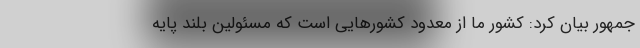
جمهور بیان کرد: کشور ما از معدود کشورهایی است که مسئولین بلند پایه